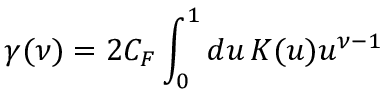
\gamma ( \nu ) = 2 C _ { F } \int _ { 0 } ^ { 1 } d u \, K ( u ) u ^ { \nu - 1 }